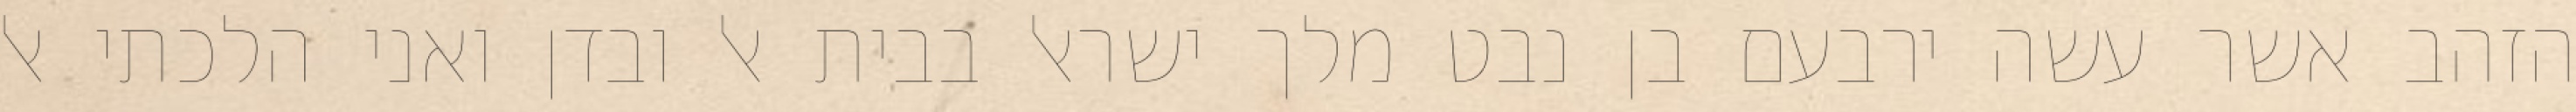
הזהב אשר עשה ירבעם בן נבט מלך ישראל בבית אל ובדן ואני הלכתי אל